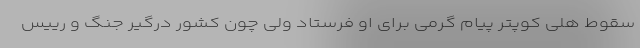
سقوط هلی کوپتر پیام گرمی برای او فرستاد ولی چون کشور درگیر جنگ و رییس